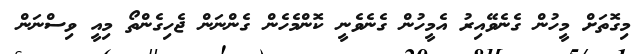
މިގޮތަށް މީހުން ގެނެވޭއިރު އެމީހުން ގެނެވެނީ ކޮންމެހެން ގެންނަން ޖެހިގެންތޯ މިއީ ވިސްނަން